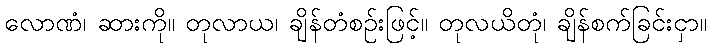
လောဏံ၊ ဆားကို။ တုလာယ၊ ချိန်တံစဉ်းဖြင့်။ တုလယိတုံ၊ ချိန်စက်ခြင်းငှာ။